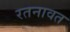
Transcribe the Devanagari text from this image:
रतनावत